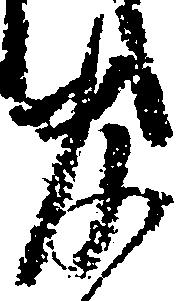
官